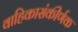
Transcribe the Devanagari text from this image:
वाहिकासंकीर्णक